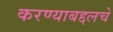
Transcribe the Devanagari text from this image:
करण्याबद्दलचे